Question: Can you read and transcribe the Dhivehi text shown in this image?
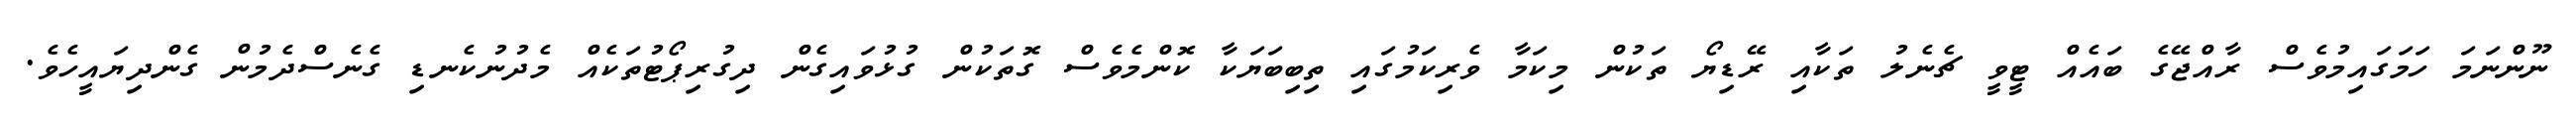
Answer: ނޫންނަމަ ހަމަގައިމުވެސް ރާއްޖޭގެ ބައެއް ޓީވީ ޗެނެލު ތަކާއި ރޭޑިޔޯ ތަކުން މިކަމާ ވެރިކަމުގައި ތިބިބަޔަކާ ކޮންމެވެސް ގޮތަކުން ގުޅުވައިގެން ދިގުރިޕޯޓުތަކެއް މެދުނުކެނޑި ގެނެސްދެމުން ގެންދިޔައީހެވެ.